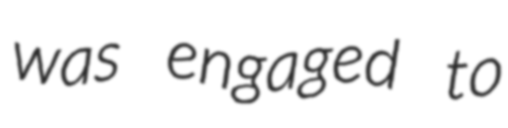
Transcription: was engaged to